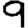
Digit: 9